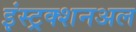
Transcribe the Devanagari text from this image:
इंस्ट्रक्शनअल